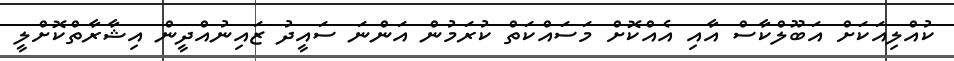
ކުއްލިއަކަށް އަބޫލްކާސް އާއި އެއްކޮށް މަސައްކަތް ކުރަމުން އަންނަ ސައީދު ޒައިނުއްދީން އިޝާރާތްކޮށްލީ